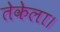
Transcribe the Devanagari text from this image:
तेकेला।